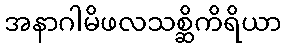
အနာဂါမိဖလသစ္ဆိကိရိယာ